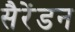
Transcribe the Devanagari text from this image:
सैरेंडन